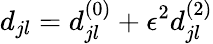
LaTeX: d_{jl}=d_{jl}^{(0)}+\epsilon^{2}d_{jl}^{(2)}